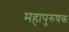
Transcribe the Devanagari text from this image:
महापुरुषक